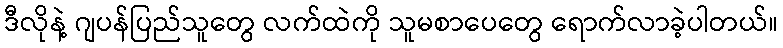
ဒီလိုနဲ့ ဂျပန်ပြည်သူတွေ လက်ထဲကို သူမစာပေတွေ ရောက်လာခဲ့ပါတယ်။